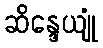
ဆိန္ဒေယျုံ